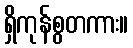
ရှိကုန်စွတကား။